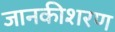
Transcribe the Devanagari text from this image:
जानकीशरण